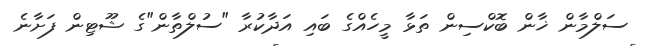
ސަލްމާން ޚާން ބޮކްސިން ތަޅާ މީހެއްގެ ބައި އަދާކުރާ "ސުލްްތާން"ގެ ޝޫޓިން ފަށާނެ